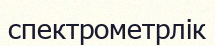
спектрометрлік